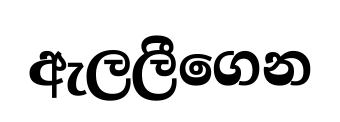
ඇලලීගෙන